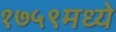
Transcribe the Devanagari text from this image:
१७५९मध्ये